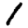
Digit: 1